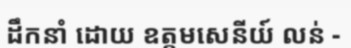
ដឹកនាំ ដោយ ឧត្តមសេនីយ៍ លន់ -